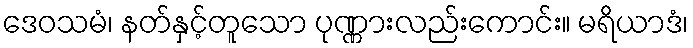
ဒေဝသမံ၊ နတ်နှင့်တူသော ပုဏ္ဏားလည်းကောင်း။ မရိယာဒံ၊